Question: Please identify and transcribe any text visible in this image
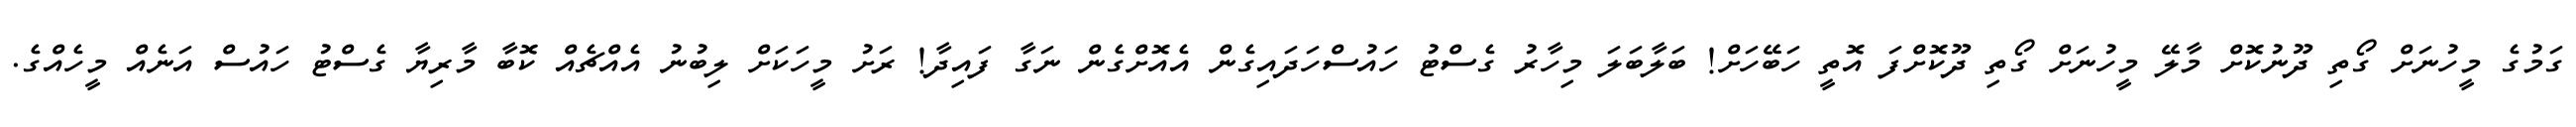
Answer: ގަމުގެ މީހުނަށް ގޯތި ދޫނުކޮށް މާލޭ މީހުނަށް ގޯތި ދޫކޮށްފަ އޮތީ ހަބޭހަށް! ބަލާބަލަ މިހާރު ގެސްޓު ހައުސްހަދައިގެން އެއޮށްގެން ނަގާ ފައިދާ! ރަށު މީހަކަށް ލިބުނު އެއްޗެއް ކޮބާ މާރިޔާ ގެސްޓު ހައުސް އަނެއް މީހެއްގެ.